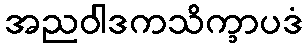
အညဝါဒကသိက္ခာပဒံ